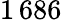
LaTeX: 1\, 686